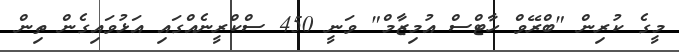
މީގެ ކުރިން "ބްރޭވް ހާޓްސް އުމިޒާމް" ވަނީ 450 ސްކްރީނެއްގައި އަޅުވައިގެން ތިން